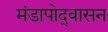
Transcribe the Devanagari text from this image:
मंडापोद्‌वासन